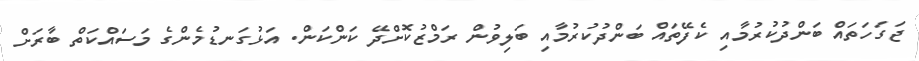
ޖަގަހަތައް ބަންދުކުރުމާއި ކެފޭތައް ބަންދުކުރުމާއި ބަލިވުން ރަމްޒުކޮށްދޭ ކަންކަން. އަޅުގަނޑުމެންގެ މަސައްކަތް ބާރަށް